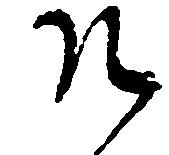
そ